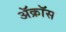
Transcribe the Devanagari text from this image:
ॲक्रॉस